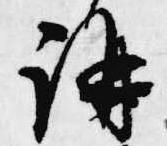
講